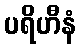
ပရိဟီနံ